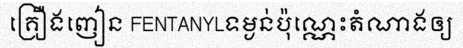
គ្រឿងញៀន FENTANYLទម្ងន់ប៉ុណ្ណេះតំណាងឲ្យ